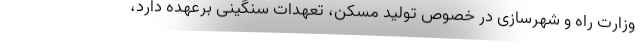
وزارت راه و شهرسازی در خصوص تولید مسکن، تعهدات سنگینی برعهده دارد،